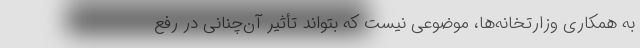
به همکاری وزارتخانه‌ها، موضوعی نیست که بتواند تأثیر آن‌چنانی در رفع